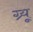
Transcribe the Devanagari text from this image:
ग्र्यू